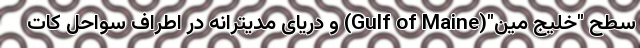
سطح "خلیج مین"(Gulf of Maine) و دریای مدیترانه در اطراف سواحل کات